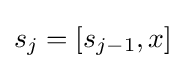
s_{j}=\lbrack s_{j-1},x\rbrack